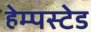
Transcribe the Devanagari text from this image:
हेम्पस्टेड